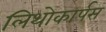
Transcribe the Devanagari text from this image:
लिथोकार्पस